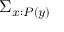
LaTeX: \Sigma _ { x : P ( y ) }